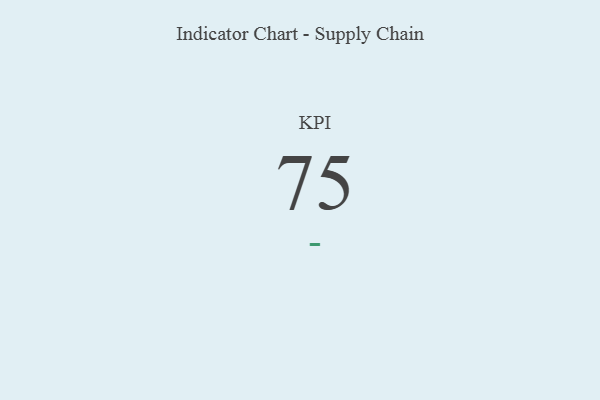
{"axis": {"x": "KPI", "y": "Value"}, "legend": [""], "data": [{"x": "KPI", "y": 75, "type": ""}]}